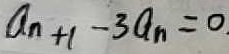
a _ { n + 1 } - 3 a _ { n } = 0